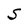
Character: S